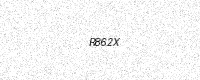
Text: R862X